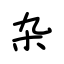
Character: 杂